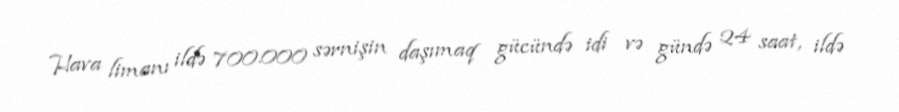
Hava limanı ildə 700.000 sərnişin daşımaq gücündə idi və gündə 24 saat, ildə